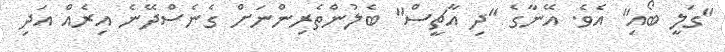
"ގަލީ ބޯއި" އެވެ. އޭނާގެ "ދި އާޗީސް" ބެލުންތެރިންނަށް ގެނެސްދޭނެ އިރެއް އަދި